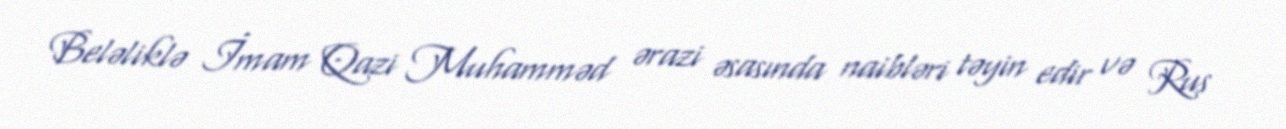
Beləliklə İmam Qazi Muhamməd ərazi əsasında naibləri təyin edir və Rus